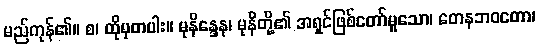
မည်ကုန်၏။ စ၊ ထိုမှတပါး။ မုနိန္ဒေန၊ မုနိတို့၏ အရှင်ဖြစ်တော်မူသော၊ တေနဘဝတော၊